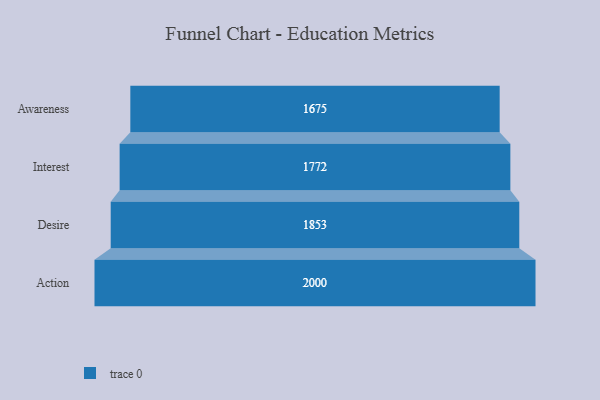
{"axis": {"x": "Stage", "y": "Value"}, "legend": [""], "data": [{"x": "Awareness", "y": 1675.0, "type": ""}, {"x": "Interest", "y": 1772.0, "type": ""}, {"x": "Desire", "y": 1853.0, "type": ""}, {"x": "Action", "y": 2000, "type": ""}]}